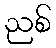
ညစ်